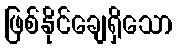
ဖြစ်နိုင်ချေရှိသော